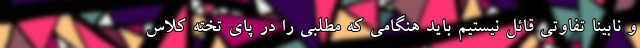
و نابینا تفاوتی قائل نیستیم باید هنگامی‌ که مطلبی را در پای تخته کلاس